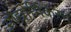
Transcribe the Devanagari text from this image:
औद्योगिकरन